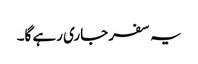
یہ سفر جاری رہے گا۔